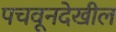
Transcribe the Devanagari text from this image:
पचवूनदेखील